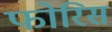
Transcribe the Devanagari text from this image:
फोरिस